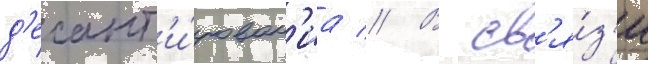
д'есант'и́рован'иа // В св'я́з'и